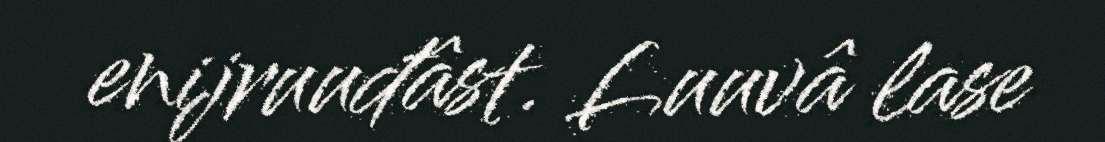
enijruuđâst. Luuvâ lase